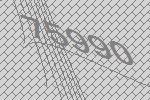
75990